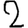
Digit: 2